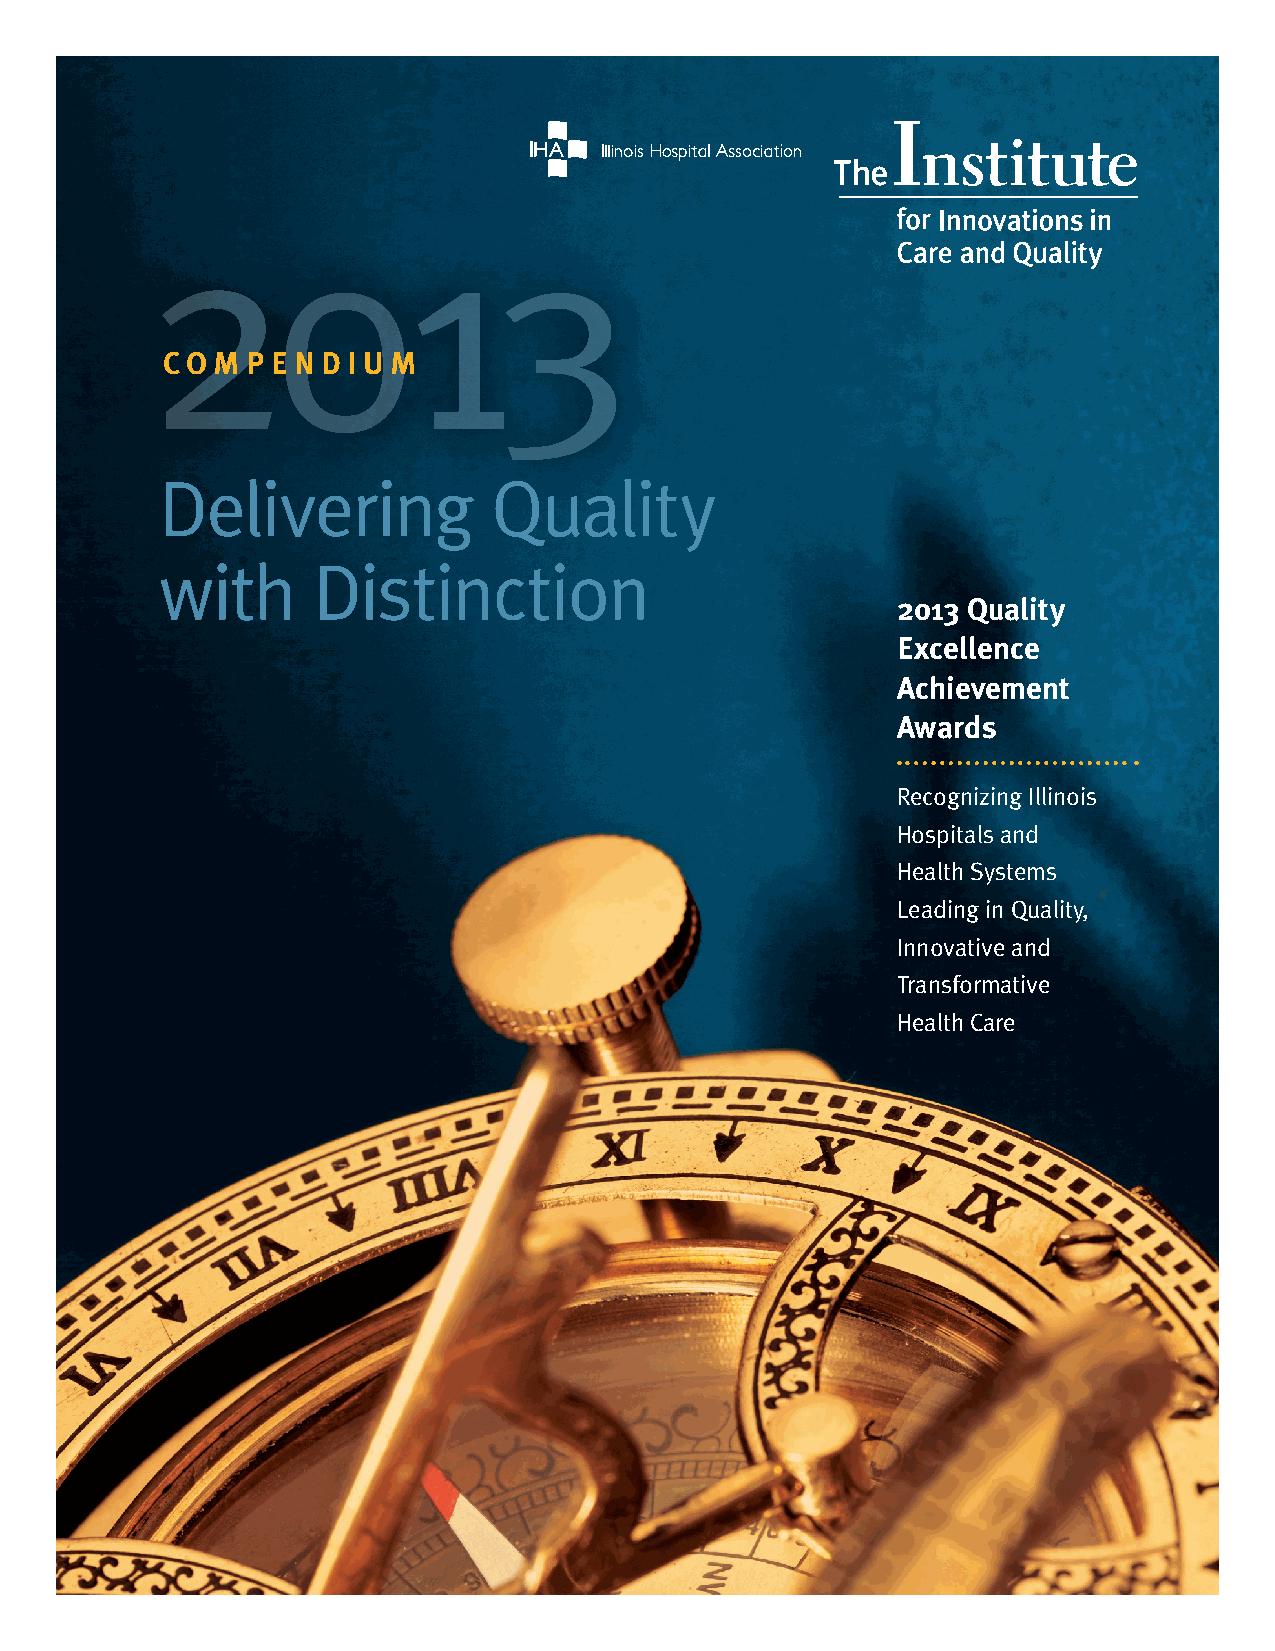
220011
 33
 Co m p e n d i u m
 Delivering            Quality
 with      Distinction
 2013 Quality
 Excellence
 Achievement
 Awards
 Recognizing Illinois
 Hospitals and
 Health Systems
 Leading in Quality,
 Innovative and
 Transformative
 Health Care